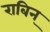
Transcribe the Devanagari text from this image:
राबिन्‌